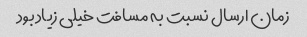
زمان ارسال نسبت به مسافت خیلی زیاد بود